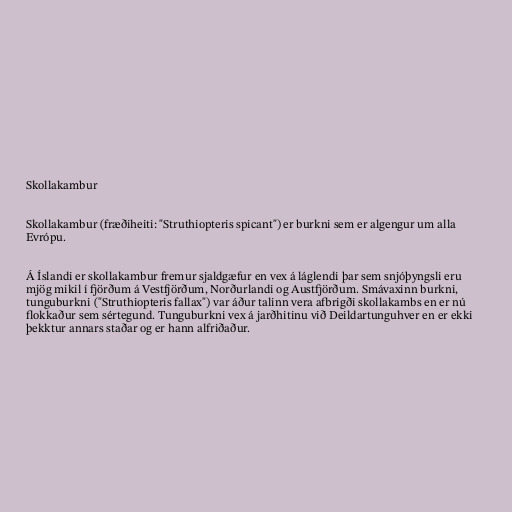
Skollakambur

Skollakambur (fræðiheiti: "Struthiopteris spicant") er burkni sem er algengur um alla
Evrópu.

Á Íslandi er skollakambur fremur sjaldgæfur en vex á láglendi þar sem snjóþyngsli eru
mjög mikil í fjörðum á Vestfjörðum, Norðurlandi og Austfjörðum. Smávaxinn burkni,
tunguburkni ("Struthiopteris fallax") var áður talinn vera afbrigði skollakambs en er nú
flokkaður sem sértegund. Tunguburkni vex á jarðhitinu við Deildartunguhver en er ekki
þekktur annars staðar og er hann alfriðaður.